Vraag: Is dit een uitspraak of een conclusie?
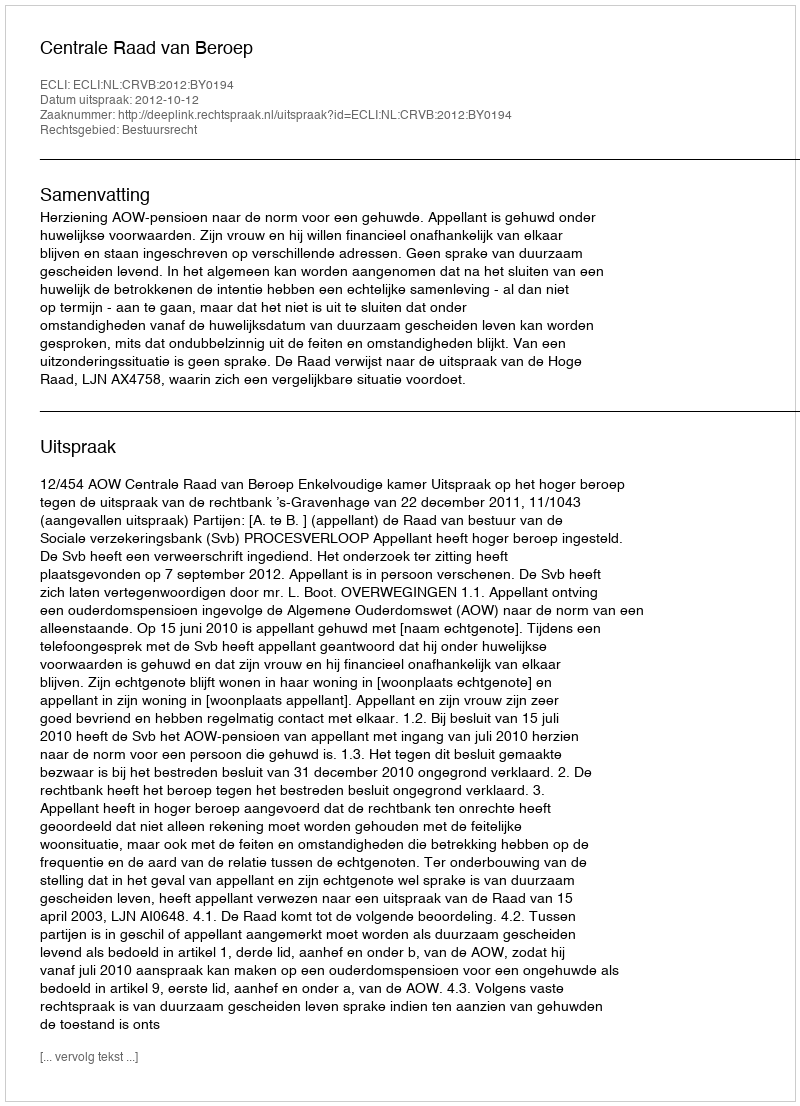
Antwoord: Uitspraak